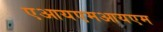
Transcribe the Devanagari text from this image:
एआयएमआयएम